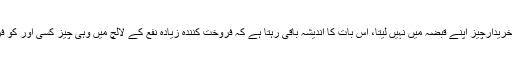
کیونکہ جب تک خریدارچیز اپنے قبضہ میں نہیں لیتا، اس بات کا اندیشہ باقی رہتا ہے کہ فروخت کنندہ زیادہ نفع کے لالچ میں وہی چیز کسی اور کو فروخت نہ کردے۔